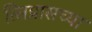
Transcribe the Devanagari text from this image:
त्सिप्रासच्या